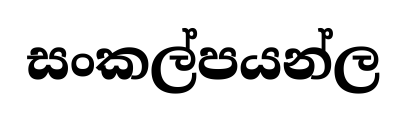
සංකල්පයන්ල